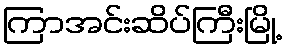
ကြာအင်းဆိပ်ကြီးမြို့